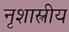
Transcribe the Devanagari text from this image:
नृशास्त्रीय